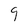
Character: 9